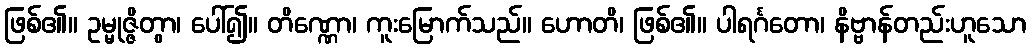
ဖြစ်၏။ ဥမ္မုဇ္ဇိတွာ၊ ပေါ်၍။ တိဏ္ဏော၊ ကူးမြောက်သည်။ ဟောတိ၊ ဖြစ်၏။ ပါရင်္ဂတော၊ နိဗ္ဗာန်တည်းဟူသော